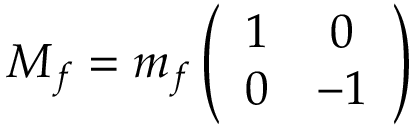
M _ { f } = m _ { f } \left( \begin{array} { c c } { { 1 } } & { { 0 } } \\ { { 0 } } & { { - 1 } } \end{array} \right)